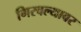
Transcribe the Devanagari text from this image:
गिरवल्यावर